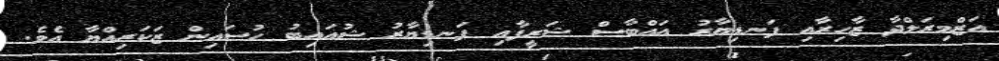
އަޒްމިރަލްދާ ޒާހިރާއި ފަނޑިޔާރު އައްބާސް ޝަރީފާއި ފަނޑިޔާރު ޝުއައިބު ހުސައިން ޒަކަރިއްޔާ އެވެ.